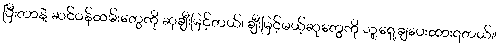
ပြီးတာနဲ့ ဆင်ဝန်ထမ်းတွေကို ဆုချီးမြင့်တယ်၊ ချီးမြင့်မယ့်ဆုတွေကို သူ့ရှေ့ချပေးထားရတယ်။